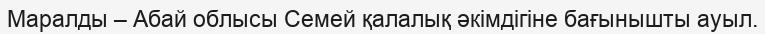
Маралды – Абай облысы Семей қалалық әкімдігіне бағынышты ауыл.